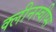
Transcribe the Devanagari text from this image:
क्लीनस्वीप्स